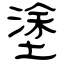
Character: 塗